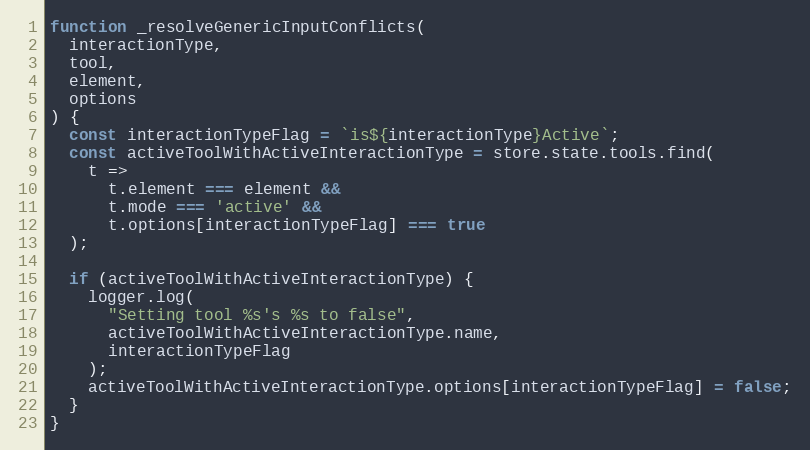
Language: JavaScript
function _resolveGenericInputConflicts(
  interactionType,
  tool,
  element,
  options
) {
  const interactionTypeFlag = `is${interactionType}Active`;
  const activeToolWithActiveInteractionType = store.state.tools.find(
    t =>
      t.element === element &&
      t.mode === 'active' &&
      t.options[interactionTypeFlag] === true
  );

  if (activeToolWithActiveInteractionType) {
    logger.log(
      "Setting tool %s's %s to false",
      activeToolWithActiveInteractionType.name,
      interactionTypeFlag
    );
    activeToolWithActiveInteractionType.options[interactionTypeFlag] = false;
  }
}